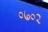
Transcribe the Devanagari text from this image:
०७०२